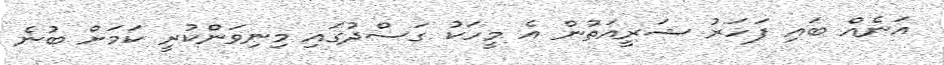
އަނެއް ބައި ފަހަރު ޝަރީއަތުން އެ މީހަކު ގަސްދުގައި މިނިވަންކުރީ ކަމަށް ބުނެ